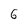
Character: 6